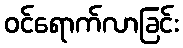
ဝင်ရောက်လာခြင်း